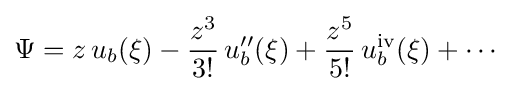
\Psi =z\,u_{b}(\xi )-{\frac {z^{3}}{3!}}\,u_{b}''(\xi )+{\frac {z^{5}}{5!}}\,u_{b}^{\text{iv}}(\xi )+\cdots